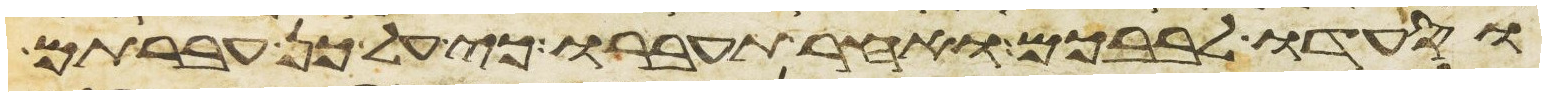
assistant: וסעדו לבבכם ואחר תעברו כי על כן עברתם